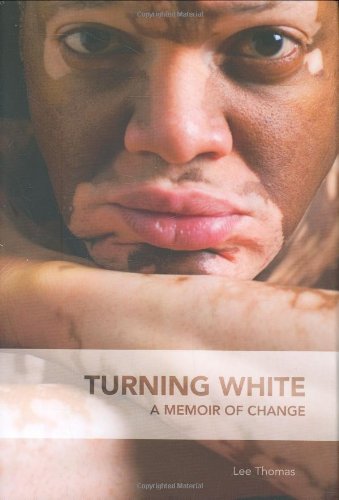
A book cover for Turning White: A Memoir of Change; Lee Thomas; Health, Fitness & Dieting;